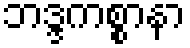
ဘဒ္ဒကစ္စာနာ